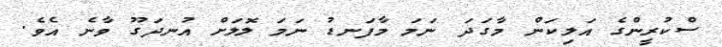
ސްކުރީންގެ އަލިކަން މާގަދަ ނަމަ މާފަނޑު ނަމަ ލޮލަށް އުނދަގޫ ވާނެ އެވެ.